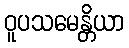
ဝူပသမေန္တိယာ